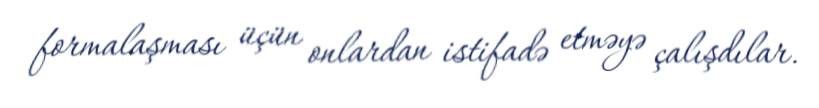
formalaşması üçün onlardan istifadə etməyə çalışdılar.